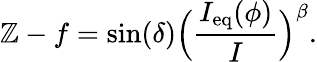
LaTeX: \mathbb{Z}-f=\sin(\delta)\Big(\frac{{I_{\mathrm{{eq}}}(\phi)}}{{I}}\Big)^{\beta}.